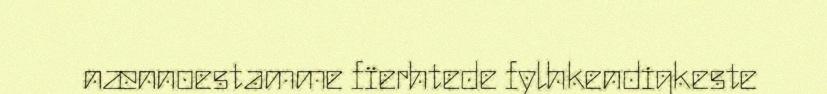
nænnoestamme fïerhtede fylhkendigkeste